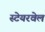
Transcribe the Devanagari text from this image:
स्टेयरवेल